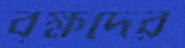
বৃক্ষদের